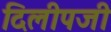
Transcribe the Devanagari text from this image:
दिलीपजी